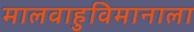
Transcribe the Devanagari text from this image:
मालवाहुविमानाला